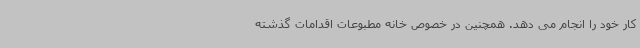
کار خود را انجام می دهد. همچنین در خصوص خانه مطبوعات اقدامات گذشته